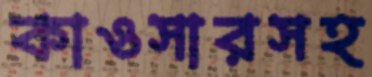
কাওসারসহ